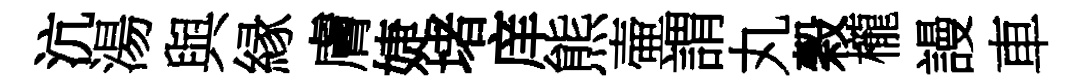
沆湯與縁膚婕堵庠熊壷謂丸穀櫳謾車